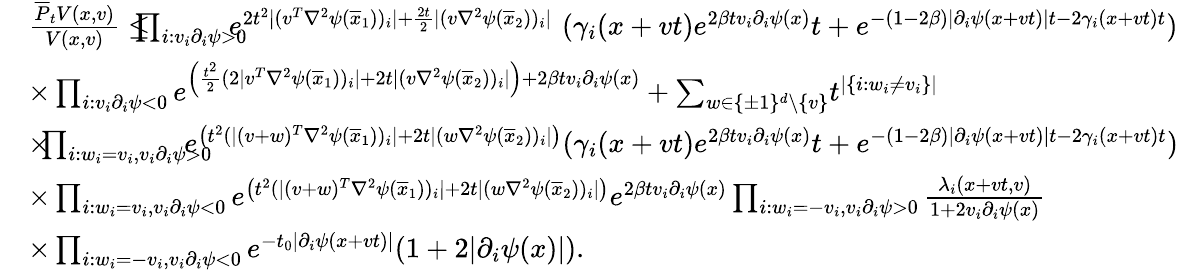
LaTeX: \begin{array}{rl}&{\frac{\overline{{P}}_{t}V(x,v)}{V(x,v)}\leq\! \! \! \! \! \prod_{i:v_{i}\partial_{i}\psi>0}\! \! \! \! \! e^{2t^{2}\lvert(v^{T}\nabla^{2}\psi(\overline{{x}}_{1}))_{i}\rvert+\frac{2t}{2}\lvert(v\nabla^{2}\psi(\overline{{x}}_{2}))_{i}\rvert}\, \, (\gamma_{i}(x+vt)e^{2\beta tv_{i}\partial_{i}\psi(x)}t+e^{-(1-2\beta)\lvert\partial_{i}\psi(x+vt)\rvert t-2\gamma_{i}(x+vt)t})}\\ &{\times\prod_{i:v_{i}\partial_{i}\psi<0}e^{\left(\frac{t^{2}}{2}(2\lvert v^{T}\nabla^{2}\psi(\overline{{x}}_{1}))_{i}\rvert+2t\lvert(v\nabla^{2}\psi(\overline{{x}}_{2}))_{i}\rvert\right)+2\beta tv_{i}\partial_{i}\psi(x)}+\sum_{w\in\{ \pm 1\} ^{d}\setminus\{ v\} }\! t^{|\{ i:w_{i}\neq v_{i}\} |}}\\ &{\times\! \! \! \prod_{i:w_{i}=v_{i},v_{i}\partial_{i}\psi>0}\! \! \! \! \! \! \! e^{\left(t^{2}(\lvert(v+w)^{T}\nabla^{2}\psi(\overline{{x}}_{1}))_{i}\rvert+2t\lvert(w\nabla^{2}\psi(\overline{{x}}_{2}))_{i}\rvert\right)}(\gamma_{i}(x+vt)e^{2\beta tv_{i}\partial_{i}\psi(x)}t+e^{-(1-2\beta)\lvert\partial_{i}\psi(x+vt)\rvert t-2\gamma_{i}(x+vt)t})}\\ &{\times\prod_{i:w_{i}=v_{i},v_{i}\partial_{i}\psi<0}e^{\left(t^{2}(\lvert(v+w)^{T}\nabla^{2}\psi(\overline{{x}}_{1}))_{i}\rvert+2t\lvert(w\nabla^{2}\psi(\overline{{x}}_{2}))_{i}\rvert\right)}e^{2\beta tv_{i}\partial_{i}\psi(x)}\prod_{i:w_{i}=-v_{i},v_{i}\partial_{i}\psi>0}\frac{\lambda_{i}(x+vt,v)}{1+2v_{i}\partial_{i}\psi(x)}}\\ &{\times\prod_{i:w_{i}=-v_{i},v_{i}\partial_{i}\psi<0}e^{-t_{0}\lvert\partial_{i}\psi(x+vt)\rvert}(1+2\lvert\partial_{i}\psi(x)\rvert).}\end{array}